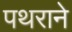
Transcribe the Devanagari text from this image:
पथराने